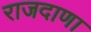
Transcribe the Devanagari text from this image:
राजदाणा